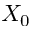
X _ { 0 }